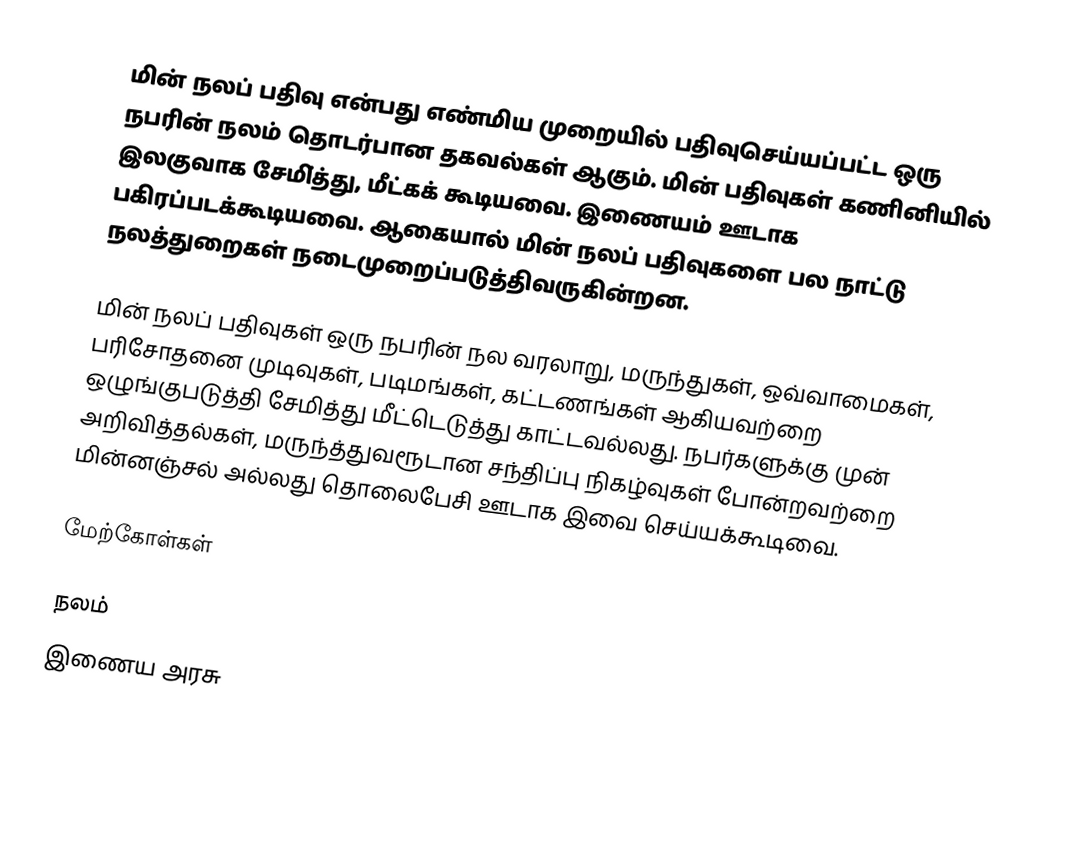
மின் நலப் பதிவு என்பது எண்மிய முறையில் பதிவுசெய்யப்பட்ட ஒரு நபரின் நலம் தொடர்பான தகவல்கள் ஆகும்.  மின் பதிவுகள் கணினியில் இலகுவாக சேமி்த்து, மீட்கக் கூடியவை.  இணையம் ஊடாக பகிரப்படக்கூடியவை.  ஆகையால் மின் நலப் பதிவுகளை பல நாட்டு நலத்துறைகள் நடைமுறைப்படுத்திவருகின்றன.

மின் நலப் பதிவுகள் ஒரு நபரின் நல வரலாறு, மருந்துகள், ஒவ்வாமைகள், பரிசோதனை முடிவுகள், படிமங்கள், கட்டணங்கள் ஆகியவற்றை ஒழுங்குபடுத்தி சேமித்து மீட்டெடுத்து காட்டவல்லது.  நபர்களுக்கு முன் அறிவித்தல்கள், மருந்த்துவரூடான சந்திப்பு நிகழ்வுகள் போன்றவற்றை மின்னஞ்சல் அல்லது தொலைபேசி ஊடாக இவை செய்யக்கூடிவை.

மேற்கோள்கள்

நலம்
இணைய அரசு